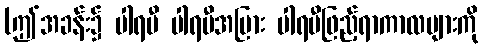
(ဤအခန်း၌ ပါရမီ ပါရမီအပြား ပါရမီဖြည့်ရာကာလများကို